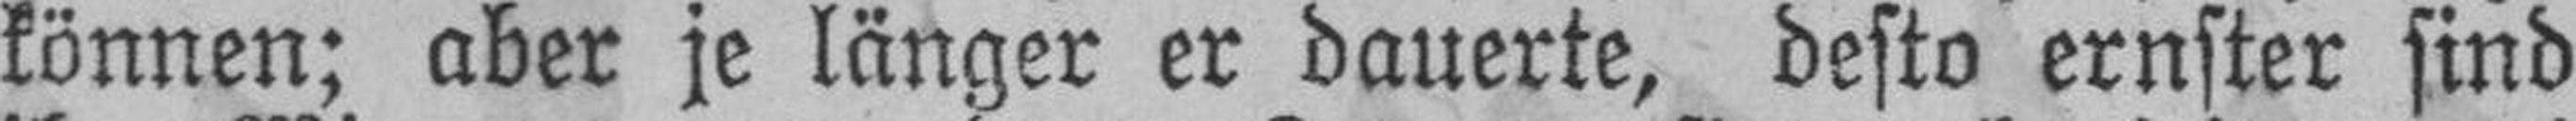
können; aber je länger er dauerte, desto ernster sind